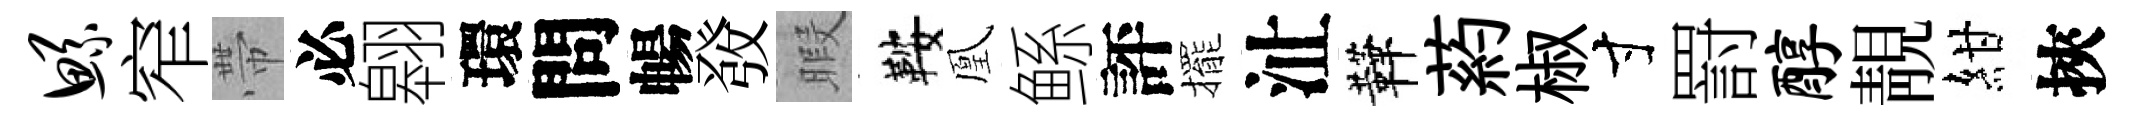
鲧窄帶必翱環問暢𤼲暇鞍凰鲧評擺沚鞾葯椒寸罸醇靚紺挾